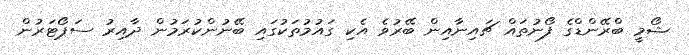
ޝޯމީ ބްރޭންޑްގެ ފޯނުތައް ޗައިނާއިން ބޭރުވެ އެކި ގައުމުތަކުގައި ބޭނުންކުރަމުން ދާއިރު ސަޕޯޓަރުން